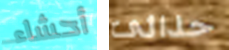
أحشاء حذائى